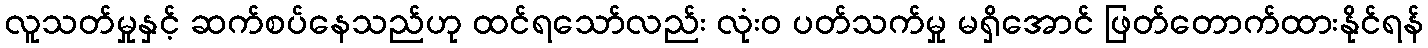
လူသတ်မှုနှင့် ဆက်စပ်နေသည်ဟု ထင်ရသော်လည်း လုံးဝ ပတ်သက်မှု မရှိအောင် ဖြတ်တောက်ထားနိုင်ရန်